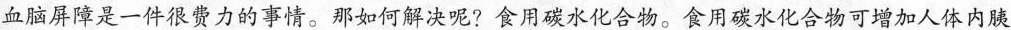
血脑屏障是一件很费力的事情。那如何解决呢?食用碳水化合物。食用碳水化合物可增加人体内胰